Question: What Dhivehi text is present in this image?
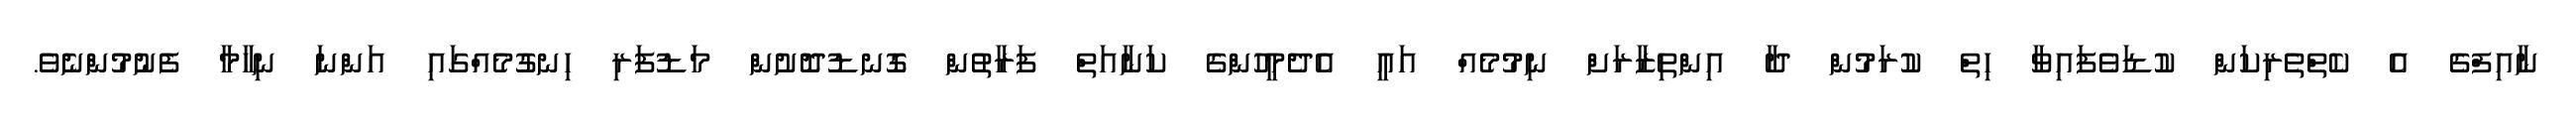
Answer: ނާއިފްގެ އެ ކެތްތެރިކަން ކުޑަވެފައިވާ ހިތް ކުރަމުން ދާ އިންތިޒާރަށް ނިމުމެއް އައީ އެދެމީހުންގެ ކަނާއަތް ފަރާތުން ގޮނޑުދޮށުން މަޑުފަރި ހިނގުމެއްގައި އަންނަ ނިހާމާ ފެނުމުންނެވެ.